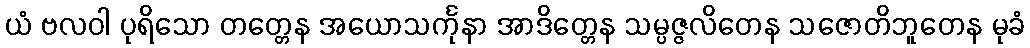
ယံ ဗလဝါ ပုရိသော တတ္တေန အယောသင်္ကုနာ အာဒိတ္တေန သမ္ပဇ္ဇလိတေန သဇောတိဘူတေန မုခံ